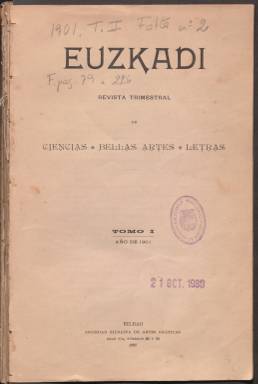
Título: Euzkadi (Bilbao. 1901)
Otros títulos: Revista Euzkadi, n. 27 (mayo-jun. 1914)
Colección: Cultura
Ámbito geográfico: Vizcaya
Lugar de publicación: Bilbao
Fechas: 01/03/1901-30/11/1915